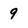
Character: 9